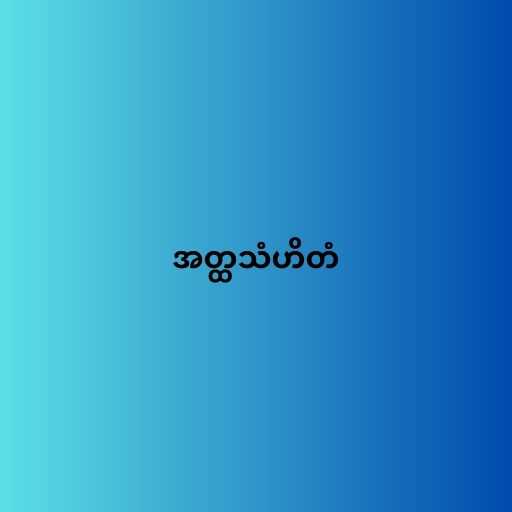
အတ္ထသံဟိတံ